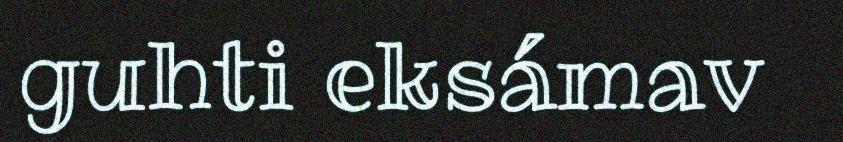
guhti eksámav